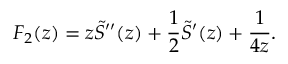
F _ { 2 } ( z ) = z \tilde { S } ^ { \prime \prime } ( z ) + \frac 1 2 \tilde { S } ^ { \prime } ( z ) + \frac { 1 } { 4 z } .